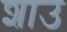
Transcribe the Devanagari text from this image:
शाउ